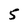
Character: 5